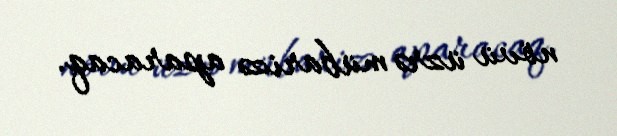
növü üzrə mübarizə aparacaq.